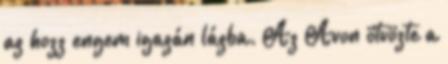
az hozz engem igazán lázba. Az Avon ötvözte a